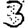
Digit: 3